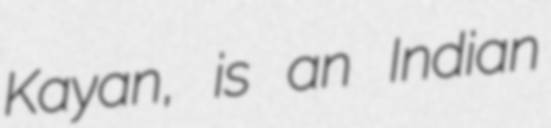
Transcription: Kayan, is an Indian